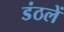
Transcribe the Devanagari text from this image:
डंठलें